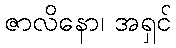
ဇာလိနော၊ အရှင်